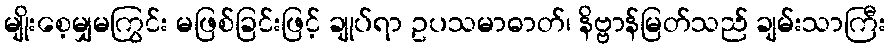
မျိုးစေ့မျှမကြွင်း မဖြစ်ခြင်းဖြင့် ချုပ်ရာ ဥပသမာဓာတ်၊ နိဗ္ဗာန်မြတ်သည် ချမ်းသာကြီး